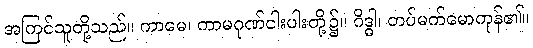
အကြင်သူတို့သည်။ ကာမေ၊ ကာမဂုဏ်ငါးပါးတို့၌။ ဂိဒ္ဓါ၊ တပ်မက်မောကုန်၏။